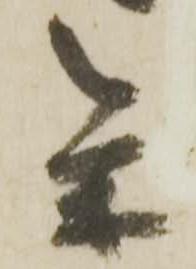
参